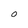
Character: O